Code of medical and sanitary regulations for the guidance of medical officers serving in the Madras Presidency - Volume II
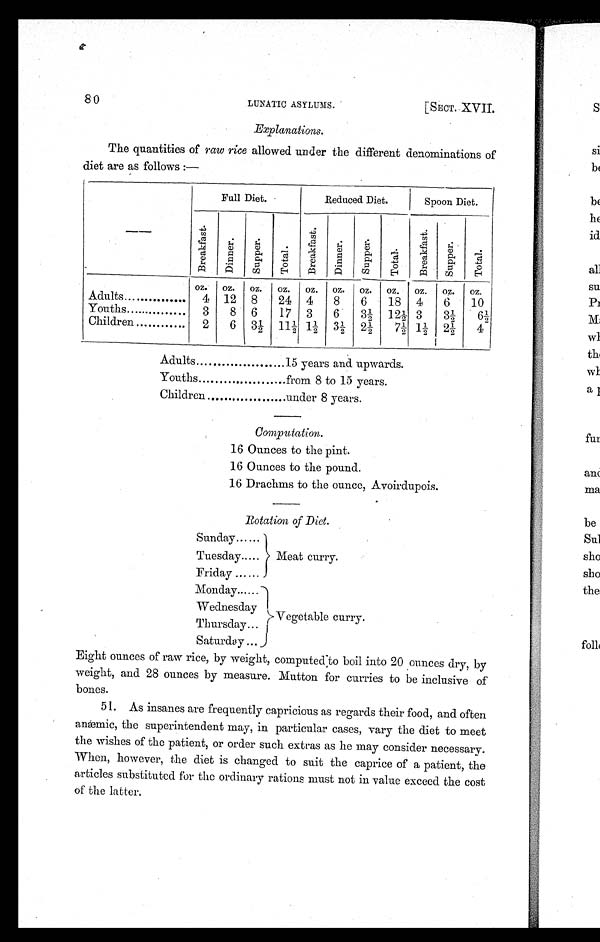
80
LUNATIC ASYLUMS.
[SECT. XVII.
Explanations.
The quantities of raw rice allowed under the different denominations of
diet are as follows:—
—
Full Diet.
Reduced Diet.
Spoon Diet.
B r e a k f a s t .
D i n n e r .
S u p p e r .
Total.
B r e a k f a s t .
D i n n e r .
S u p p e r .
T o t a l .
B r e a k f a s t .
S u p p e r .
T o t a l .
Oz.
oz.
oz.
oz.
oz.
oz.
oz.
oz.
oz.
oz.
oz.
Adults............
4
12
8
24
4
8
6
18
4
6
10
Youths............
3
8
6
17
3
6
3½
12½ 3
3 ½
6½
Children...........
2
6
3 ½
11½ 1½ 3½ 2 ½
7½
1 ½
2 ½
4
Adults.............15 years and upwards.
Youths..............from 8 to 15 years.
Children...............under 8 years.
Computation.
16 Ounces to the pint.
16 Ounces to the pound.
16 Drachms to the ounce, Avoirdupois.
Rotation of Diet.
Sunday......
Meat curry.
Tuesday.....
Friday......
Monday......
Vegetable curry.
Wednesday
Thursday...
Saturday...
Eight ounces of raw rice, by weight, computed to boil into 20 ounces dry, by
weight, and 28 ounces by measure. Mutton for curries to be inclusive of
bones.
51. As insanes are frequently capricious as regards their food, and often
anæmic, the superintendent may, in particular cases, vary the diet to meet
the wishes of the patient, or order such extras as he may consider necessary.
When, however, the diet is changed to suit the caprice of a patient, the
articles substituted for the ordinary rations must not in value exceed the cost
of the latter.